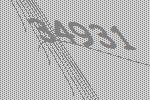
34931